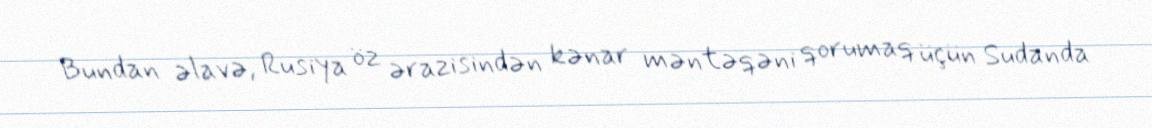
Bundan əlavə, Rusiya öz ərazisindən kənar məntəqəni qorumaq üçün Sudanda